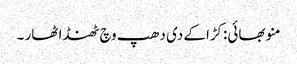
منو بھائی:کڑاکے دی دھپ وچ ٹھنڈا ٹھار ۔